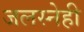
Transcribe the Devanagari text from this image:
जलस्नेही